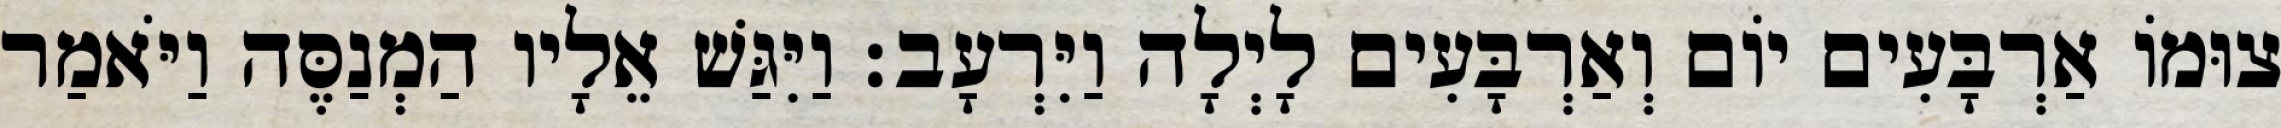
צוּמוֹ אַרְבָּעִים יוֹם וְאַרְבָּעִים לָיְלָה וַיִּרְעָב׃ וַיִּגַּשׁ אֵלָיו הַמְנַסֶּה וַיֹּאמַר